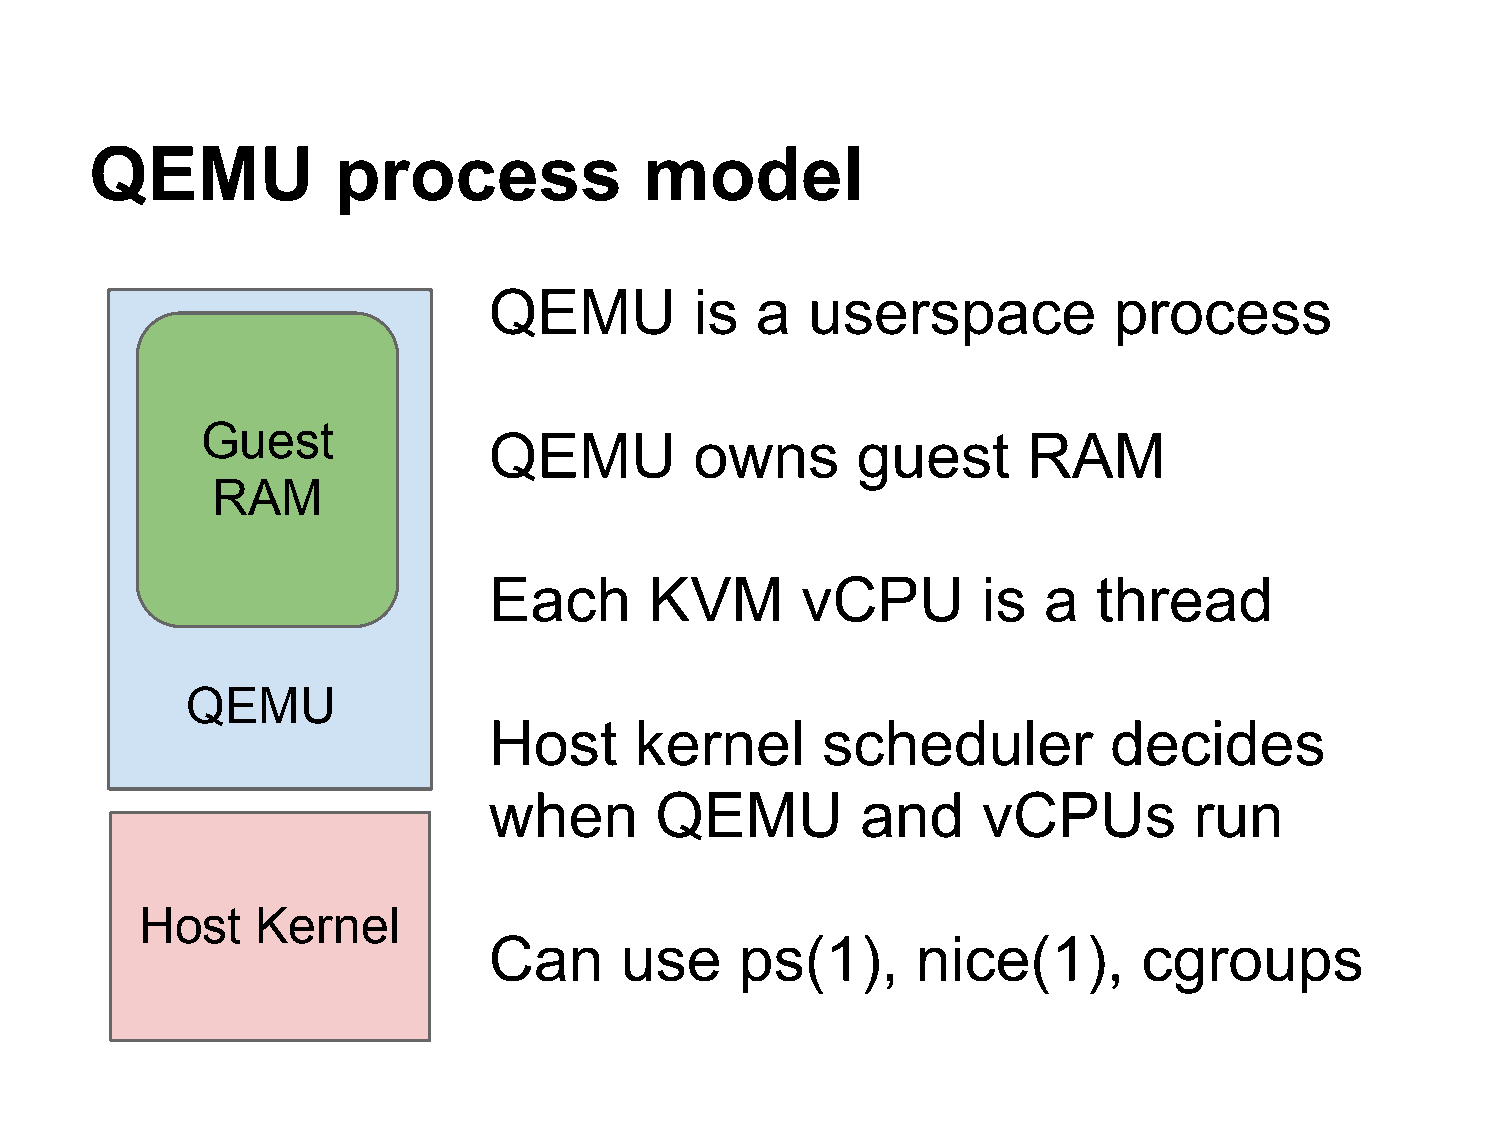
QEMU            process              model
 QEMU          is  a  userspace            process
 Guest
 QEMU          owns       guest      RAM
 RAM
 Each       KVM       vCPU        is  a   thread
 QEMU
 Host      kernel      scheduler           decides
 when       QEMU          and     vCPUs         run
 Host    Kernel
 Can      use     ps(1),      nice(1),       cgroups